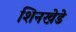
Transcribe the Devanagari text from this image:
शिनखेडे